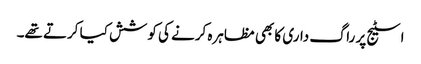
اسٹیج پر راگ داری کا بھی مظاہرہ کرنے کی کوشش کیا کرتے تھے۔